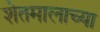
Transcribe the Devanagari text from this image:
शेतमालाच्या